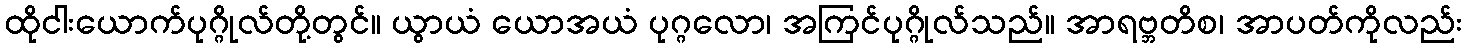
ထိုငါးယောက်ပုဂ္ဂိုလ်တို့တွင်။ ယွာယံ ယောအယံ ပုဂ္ဂလော၊ အကြင်ပုဂ္ဂိုလ်သည်။ အာရဗ္ဘတိစ၊ အာပတ်ကိုလည်း